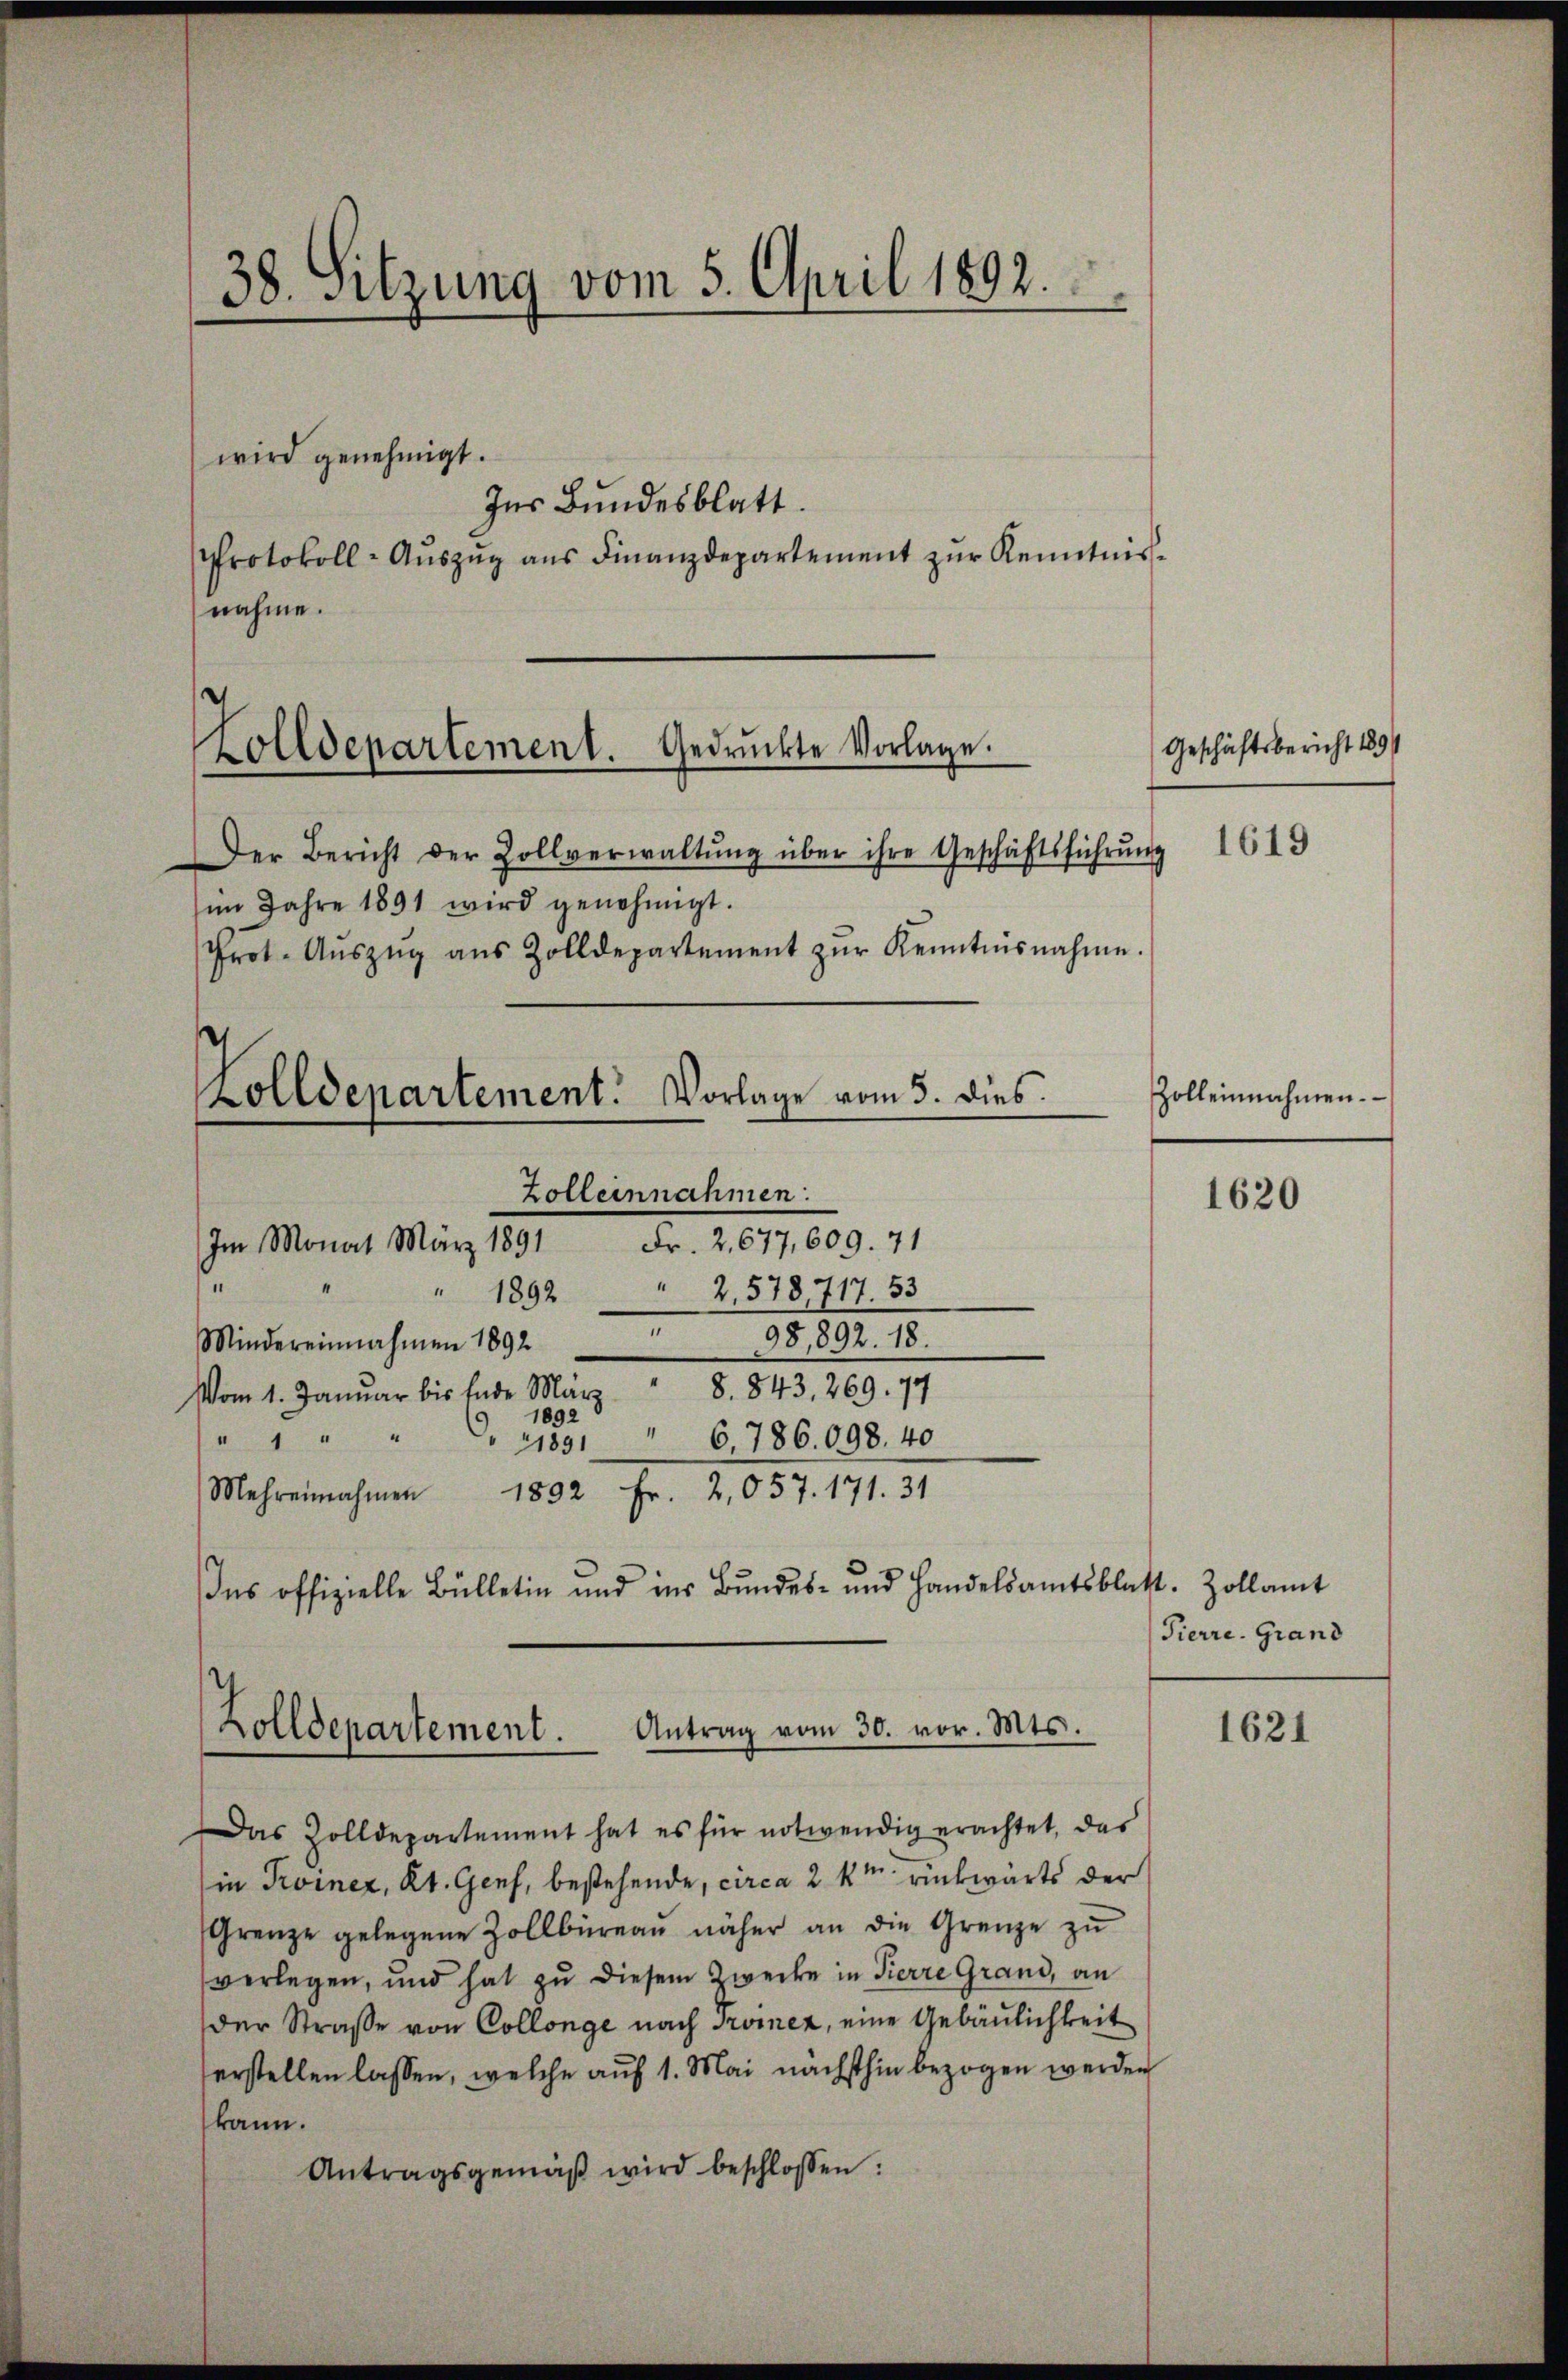
38. Sitzung vom 5. April 1892.

wird genehmigt.
Ins Bundesblatt.
Protokoll-Auszug aus Finanzdepartement zur Kenntnisnahme.

Zolldepartement. Gedrückte Vorlage.

Zolldepartement. Vorlage vom 3. dies

Im Monat März 1891

Der Bericht der Zollverwaltŭng über ihre Geschäftsführŭng
im Jahre 1891 wird genehmigt.
Prot. Aŭszŭg aŭs Zolldepartement zŭr Kenntnisnahme.

Zolleinnahmen.
Fr. 2,677,609. 71
¬
" 1892
2.578717. 53
98,892. 18.
Mindereinnahmen 1892
8. 843, 269. 79
Vom 1. Januar bis Ende März
1892
" 1 " " " 1891
6,786. 098. 40
Mehrennahmen 1892 Fr. 2,057. 171. 31
Ins offizielle Bülletin und ins Bundes- und Handelsamtsblatt. Zollamt
Das Zolldepartement hat es für notwendig erachtet, das
in Troiner, Kt. Genf, bestehende, circa 2 km rückwärts der
Grenze gelegene Zollbüreaŭ näher an die Grenze zu
verlegen, und hat zu diesem Zwecke in Pierre Grand, an
der Straße von Collenge nach Troiez, eine Gebäulichkeit
erstellen lassen, welche auf 1. Mai nächsthin bezogen werden
kann.
Antragsgemäβ wird beschlossen:

Antrag vom 30. vor. Mts.
Zolldepartement.

Geschäftsbericht 1891

1619

Zoll einnahmen.

1620

Pierre. Grand

1621